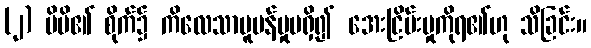
(၂) မိမိ၏ စိုက်၌ ကိလေသာပူပန်မှုမရှိ၍ အေးငြိမ်းမှုကိုရ၏ဟု သိခြင်း။